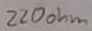
Text: 220ohm